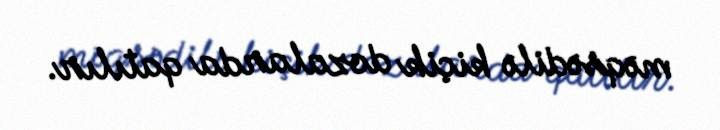
məqsədilə kiçik dozalarda qatılır.